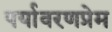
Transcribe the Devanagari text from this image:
पर्यावरणप्रेम